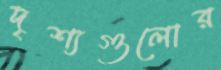
দৃশ্যগুলোর